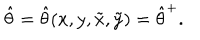
\hat { \theta } = \hat { \theta } ( x , y , \tilde { x } , \tilde { y } ) = \hat { \theta } ^ { + } .